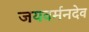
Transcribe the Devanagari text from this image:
जयवर्मनदेव